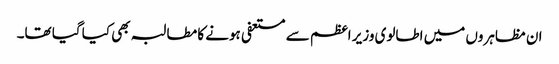
ان مظاہروں میں اطالوی وزیر اعظم سے مستعفی ہونے کا مطالبہ بھی کیا گیا تھا۔